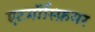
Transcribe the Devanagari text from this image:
एटमॉस्फ़ियर